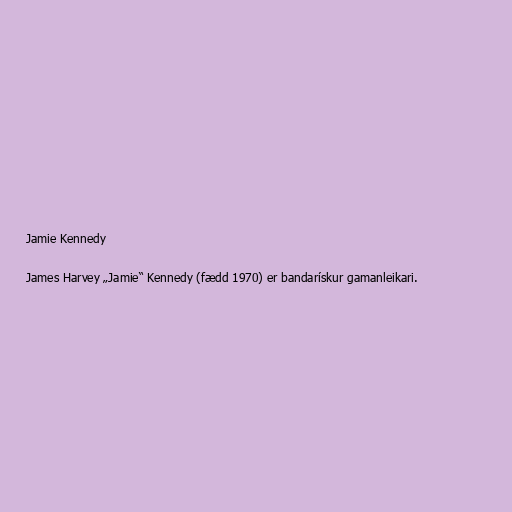
Jamie Kennedy

James Harvey „Jamie“ Kennedy (fædd 1970) er bandarískur gamanleikari.